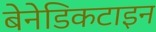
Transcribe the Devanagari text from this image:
बेनेडिकटाइन